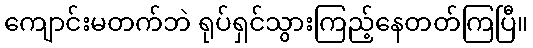
ကျောင်းမတက်ဘဲ ရုပ်ရှင်သွားကြည့်နေတတ်ကြပြီ။